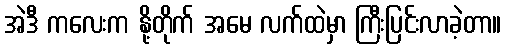
အဲဒီ ကလေးက နို့တိုက် အမေ လက်ထဲမှာ ကြီးပြင်းလာခဲ့တာ။